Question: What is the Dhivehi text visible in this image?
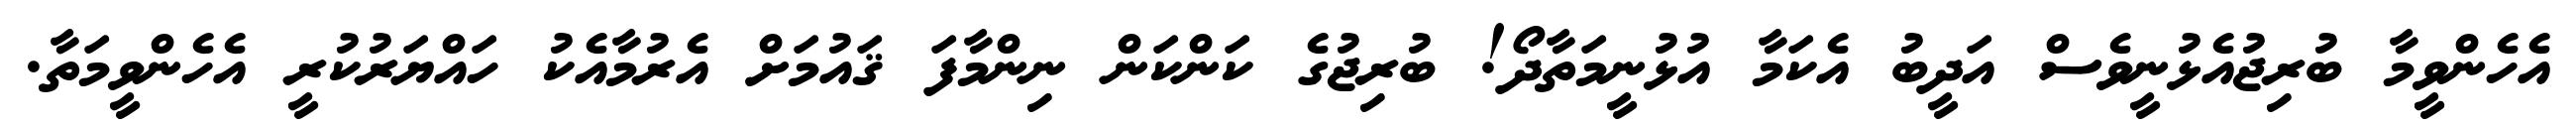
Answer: އެހެންވީމާ ބުރިޖުއެޅުނީވެސް އަދީބު އެކަމާ އުޅުނީމަތާދޯ! ބުރިޖުގެ ކަންކަން ނިންމާފަ ޤައުމަށް އެރުމާއެކު ހައްޔަރުކުރީ އެހެންވީމަތާ.